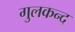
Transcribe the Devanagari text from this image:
गुलकन्द